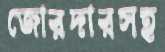
জোরদারসহ